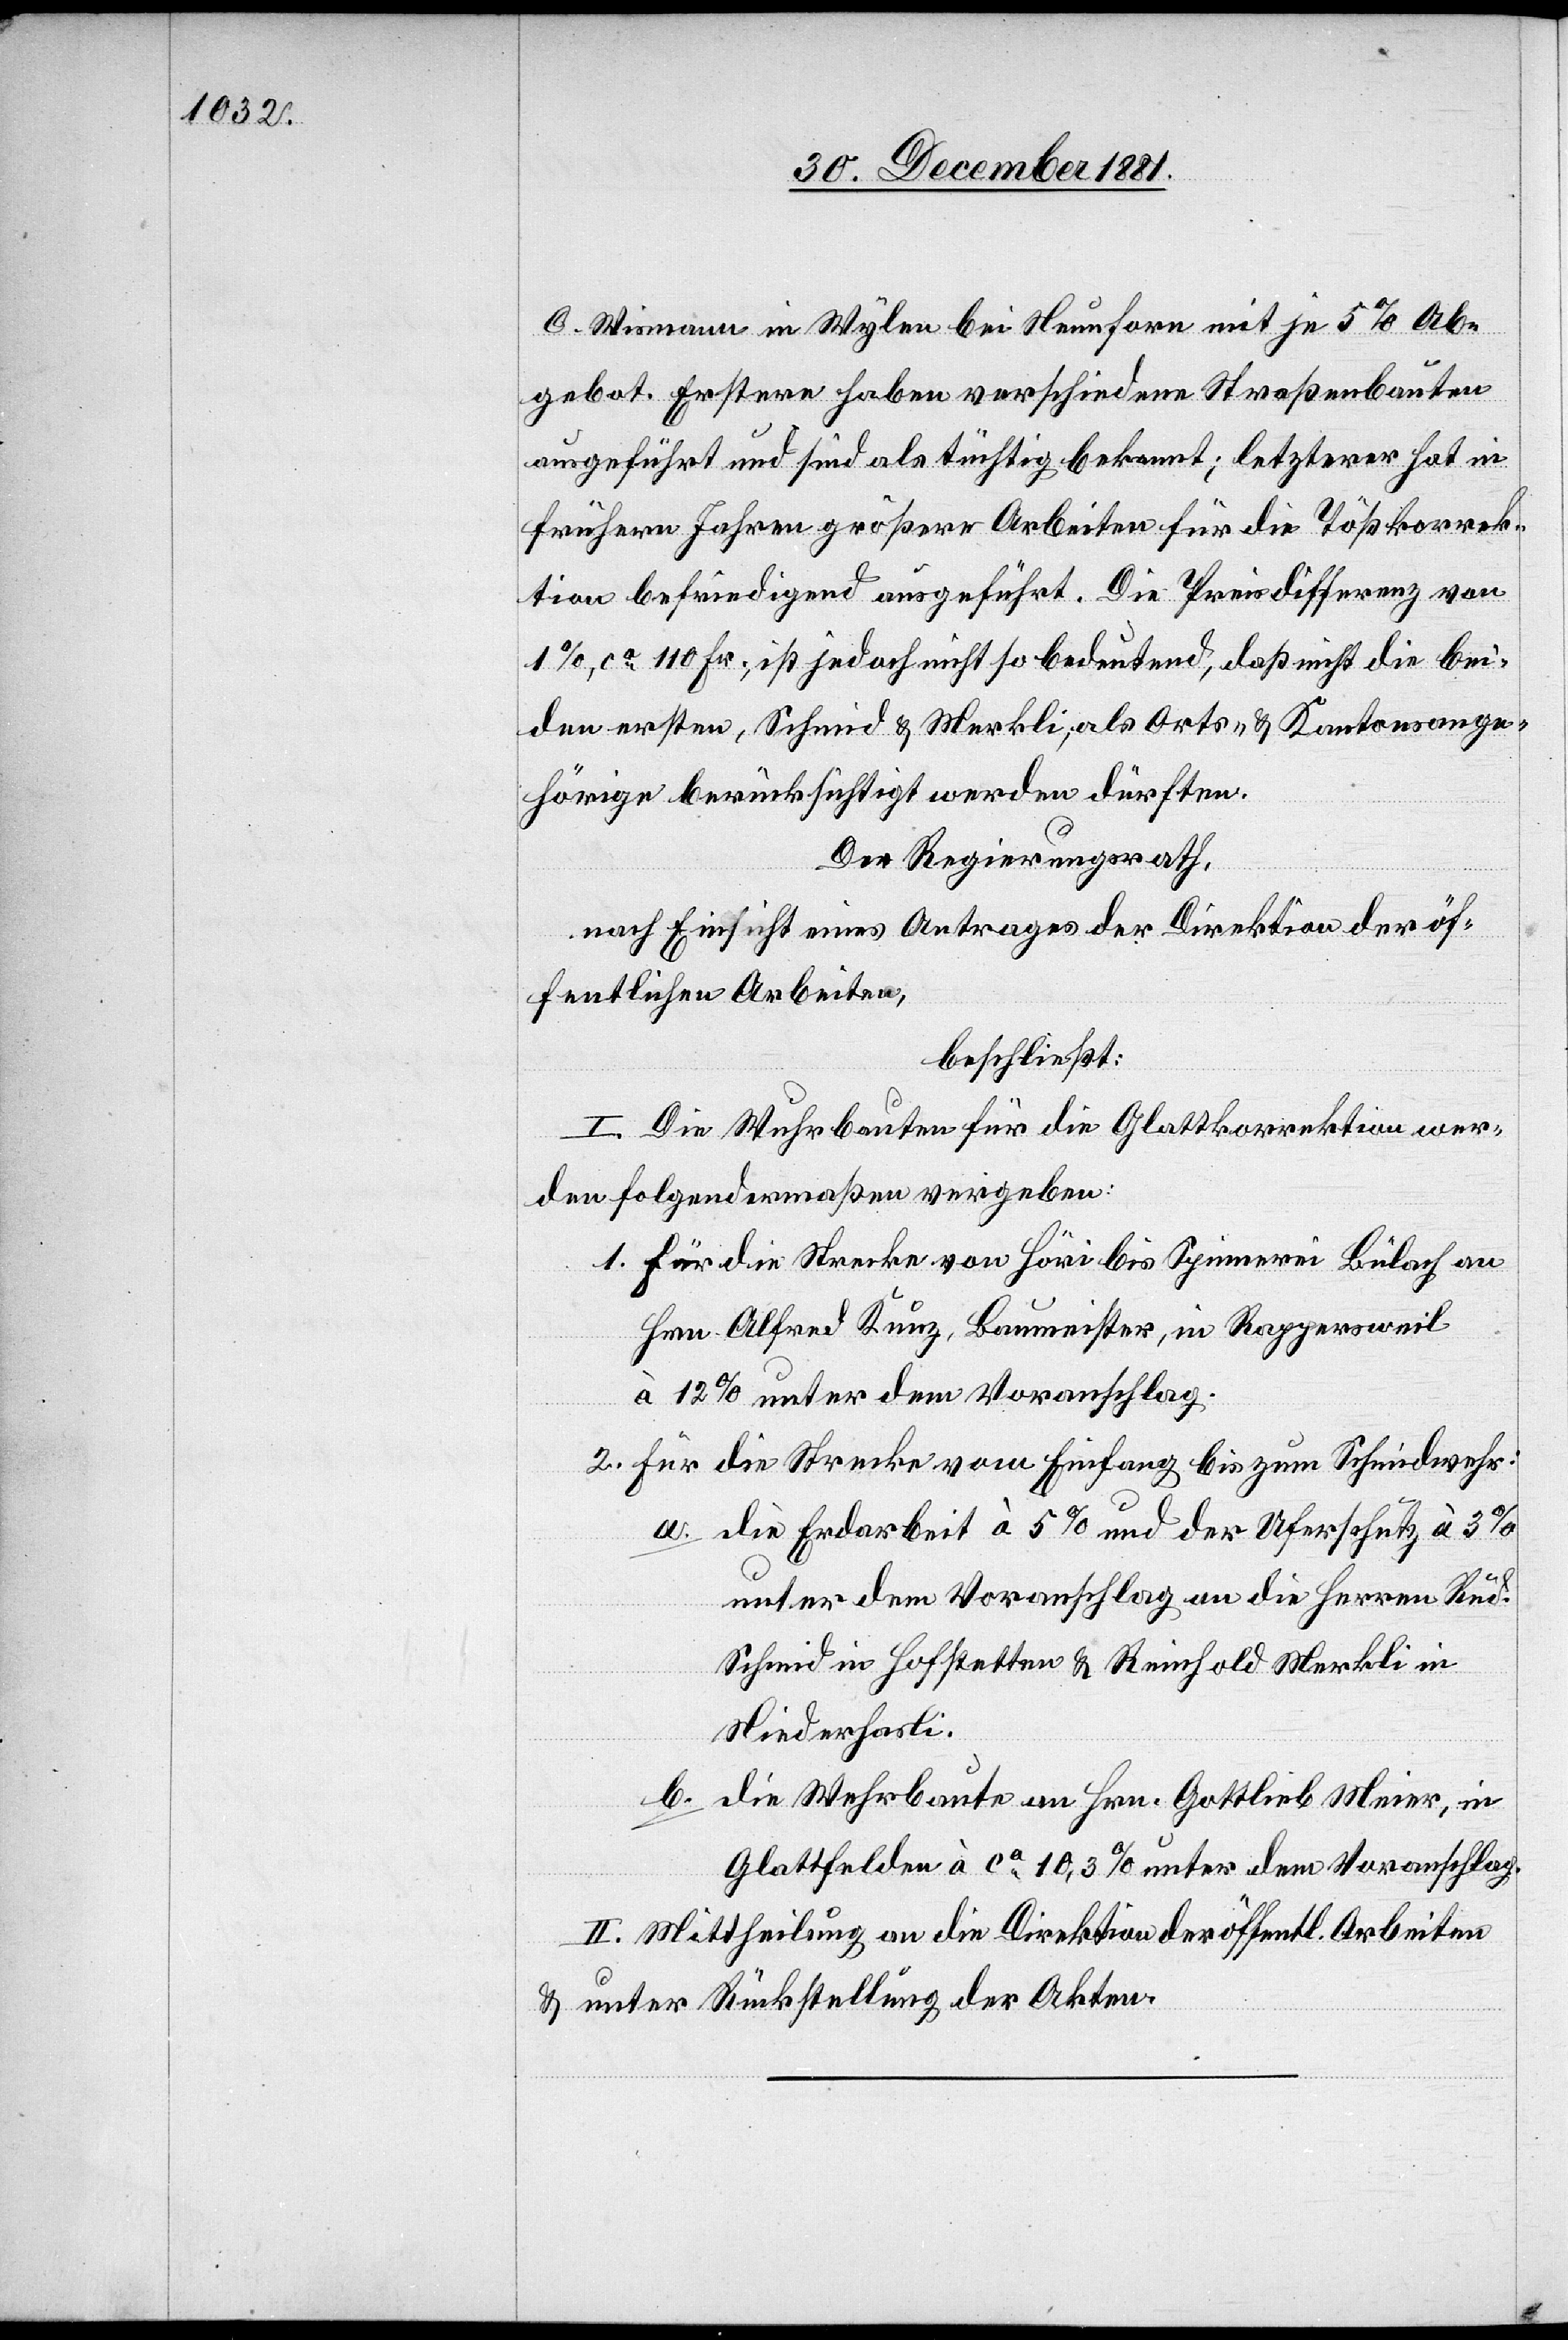
C. Wismann in Wylen bei Neunforn mit je 5% Ab¬
gebot. Erstere haben verschiedene Straßenbauten
ausgeführt und sind als tüchtig bekannt; letzterer hat in
frühern Jahren größere Arbeiten für die Tößkorrek¬
tion befriedigend ausgeführt. Die Preisdifferenz von
1%, ca 110 Fr., ist jedoch nicht so bedeutend, daß nicht die bei¬
den ersten, Schmid & Merkli, als Orts- & Kantonsange¬
hörige berücksichtigt werden dürften.
Der Regierungsrath,
nach Einsicht eines Antrages der Direktion der öf¬
fentlichen Arbeiten,
beschließt:
I. Die Wuhrbauten für die Glattkorrektion wer¬
den folgendermaßen vergeben:
1. Für die Strecke von Höri bis Spinnerei Bülach an
Hrn. Alfred Kunz, Baumeister, in Rappersweil
à 12% unter dem Voranschlag.
2. Für die Strecke vom Eingang bis zum Schmidwehr:
a. die Erdarbeit à 5% und der Uferschutz à 3%
unter dem Voranschlag an die Herren Rud.
Schmid in Hofstetten & Reinhold Merkli in
Niederhasli.
b. die Wehrbaute an Hrn. Gottlieb Meier, in
Glattfelden à ca 10,3% unter dem Voranschlag.
II. Mittheilung an die Direktion der öffentl. Arbeiten
& unter Rückstellung der Akten.